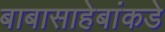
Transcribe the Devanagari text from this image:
बाबासाहेबांकडे